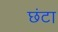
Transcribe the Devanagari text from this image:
छंटा